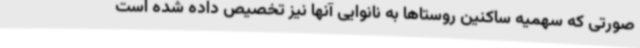
صورتی که سهمیه ساکنین روستاها به نانوایی آنها نیز تخصیص داده شده است